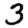
Digit: 3